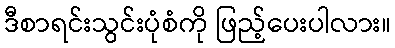
ဒီစာရင်းသွင်းပုံစံကို ဖြည့်ပေးပါလား။